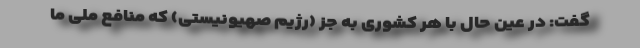
گفت: در عین حال با هر کشوری به جز (رژیم صهیونیستی) که منافع ملی ما